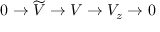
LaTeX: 0 \rightarrow \widetilde { V } \rightarrow V \rightarrow V _ { z } \rightarrow 0